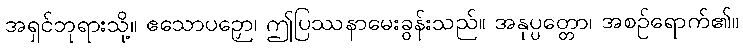
အရှင်ဘုရားသို့။ ဧသောပဉှော၊ ဤပြဿနာမေးခွန်းသည်။ အနုပ္ပတ္တော၊ အစဉ်ရောက်၏။